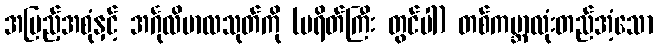
အပြည့်အစုံနှင့် အင်္ဂုလိမာလသုတ်ကို (ပရိတ်ကြီး တွင်ပါ) တစ်ကမ္ဘာလုံးတည်အံ့သော